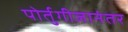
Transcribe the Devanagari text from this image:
पोर्तुगीजानंतर